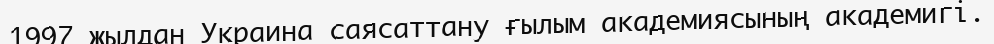
1997 жылдан Украина саясаттану ғылым академиясының академигі.